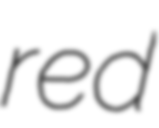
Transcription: red